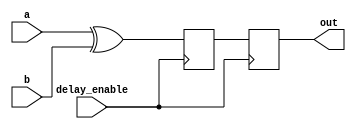
module xor_gate_delay (
    input wire a,
    input wire b,
    input wire delay_enable,
    output reg out
);

reg delayed_out;


always @ (posedge delay_enable) begin
    delayed_out <= a ^ b;
end

always @ (posedge delay_enable) begin
    out <= delayed_out;
end

endmodule